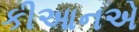
કીઆનએ